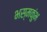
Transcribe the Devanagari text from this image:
भस्मकुंभ